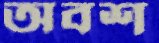
অবশ